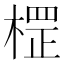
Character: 𣗵